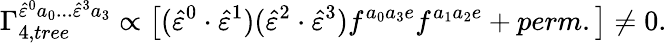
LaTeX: \Gamma_{4,tree}^{\hat{\varepsilon}^{0}a_{0}...\hat{\varepsilon}^{3}a_{3}}\propto\left[(\hat{\varepsilon}^{0}\cdot\hat{\varepsilon}^{1})(\hat{\varepsilon}^{2}\cdot\hat{\varepsilon}^{3})f^{a_{0}a_{3}e}f^{a_{1}a_{2}e}+perm.\right]\neq 0.